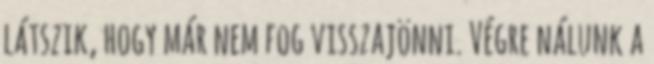
látszik, hogy már nem fog visszajönni. Végre nálunk a